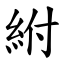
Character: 紨